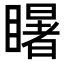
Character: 𭿦